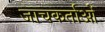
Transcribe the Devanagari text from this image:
जाचकर्ताओं